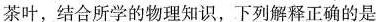
茶叶，结合所学的物理知识，下列解释正确的是